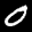
Label: 0